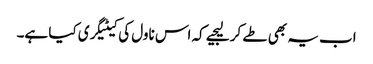
اب یہ بھی طے کر لیجیے کہ اس ناول کی کیٹیگری کیا ہے۔